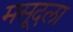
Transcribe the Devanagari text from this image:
मसूदला